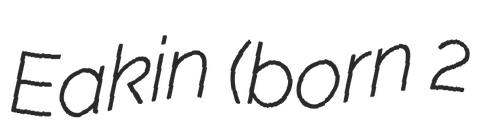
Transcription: Eakin (born 2